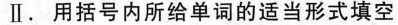
Ⅱ.用括号内所给单词的适当形式填空